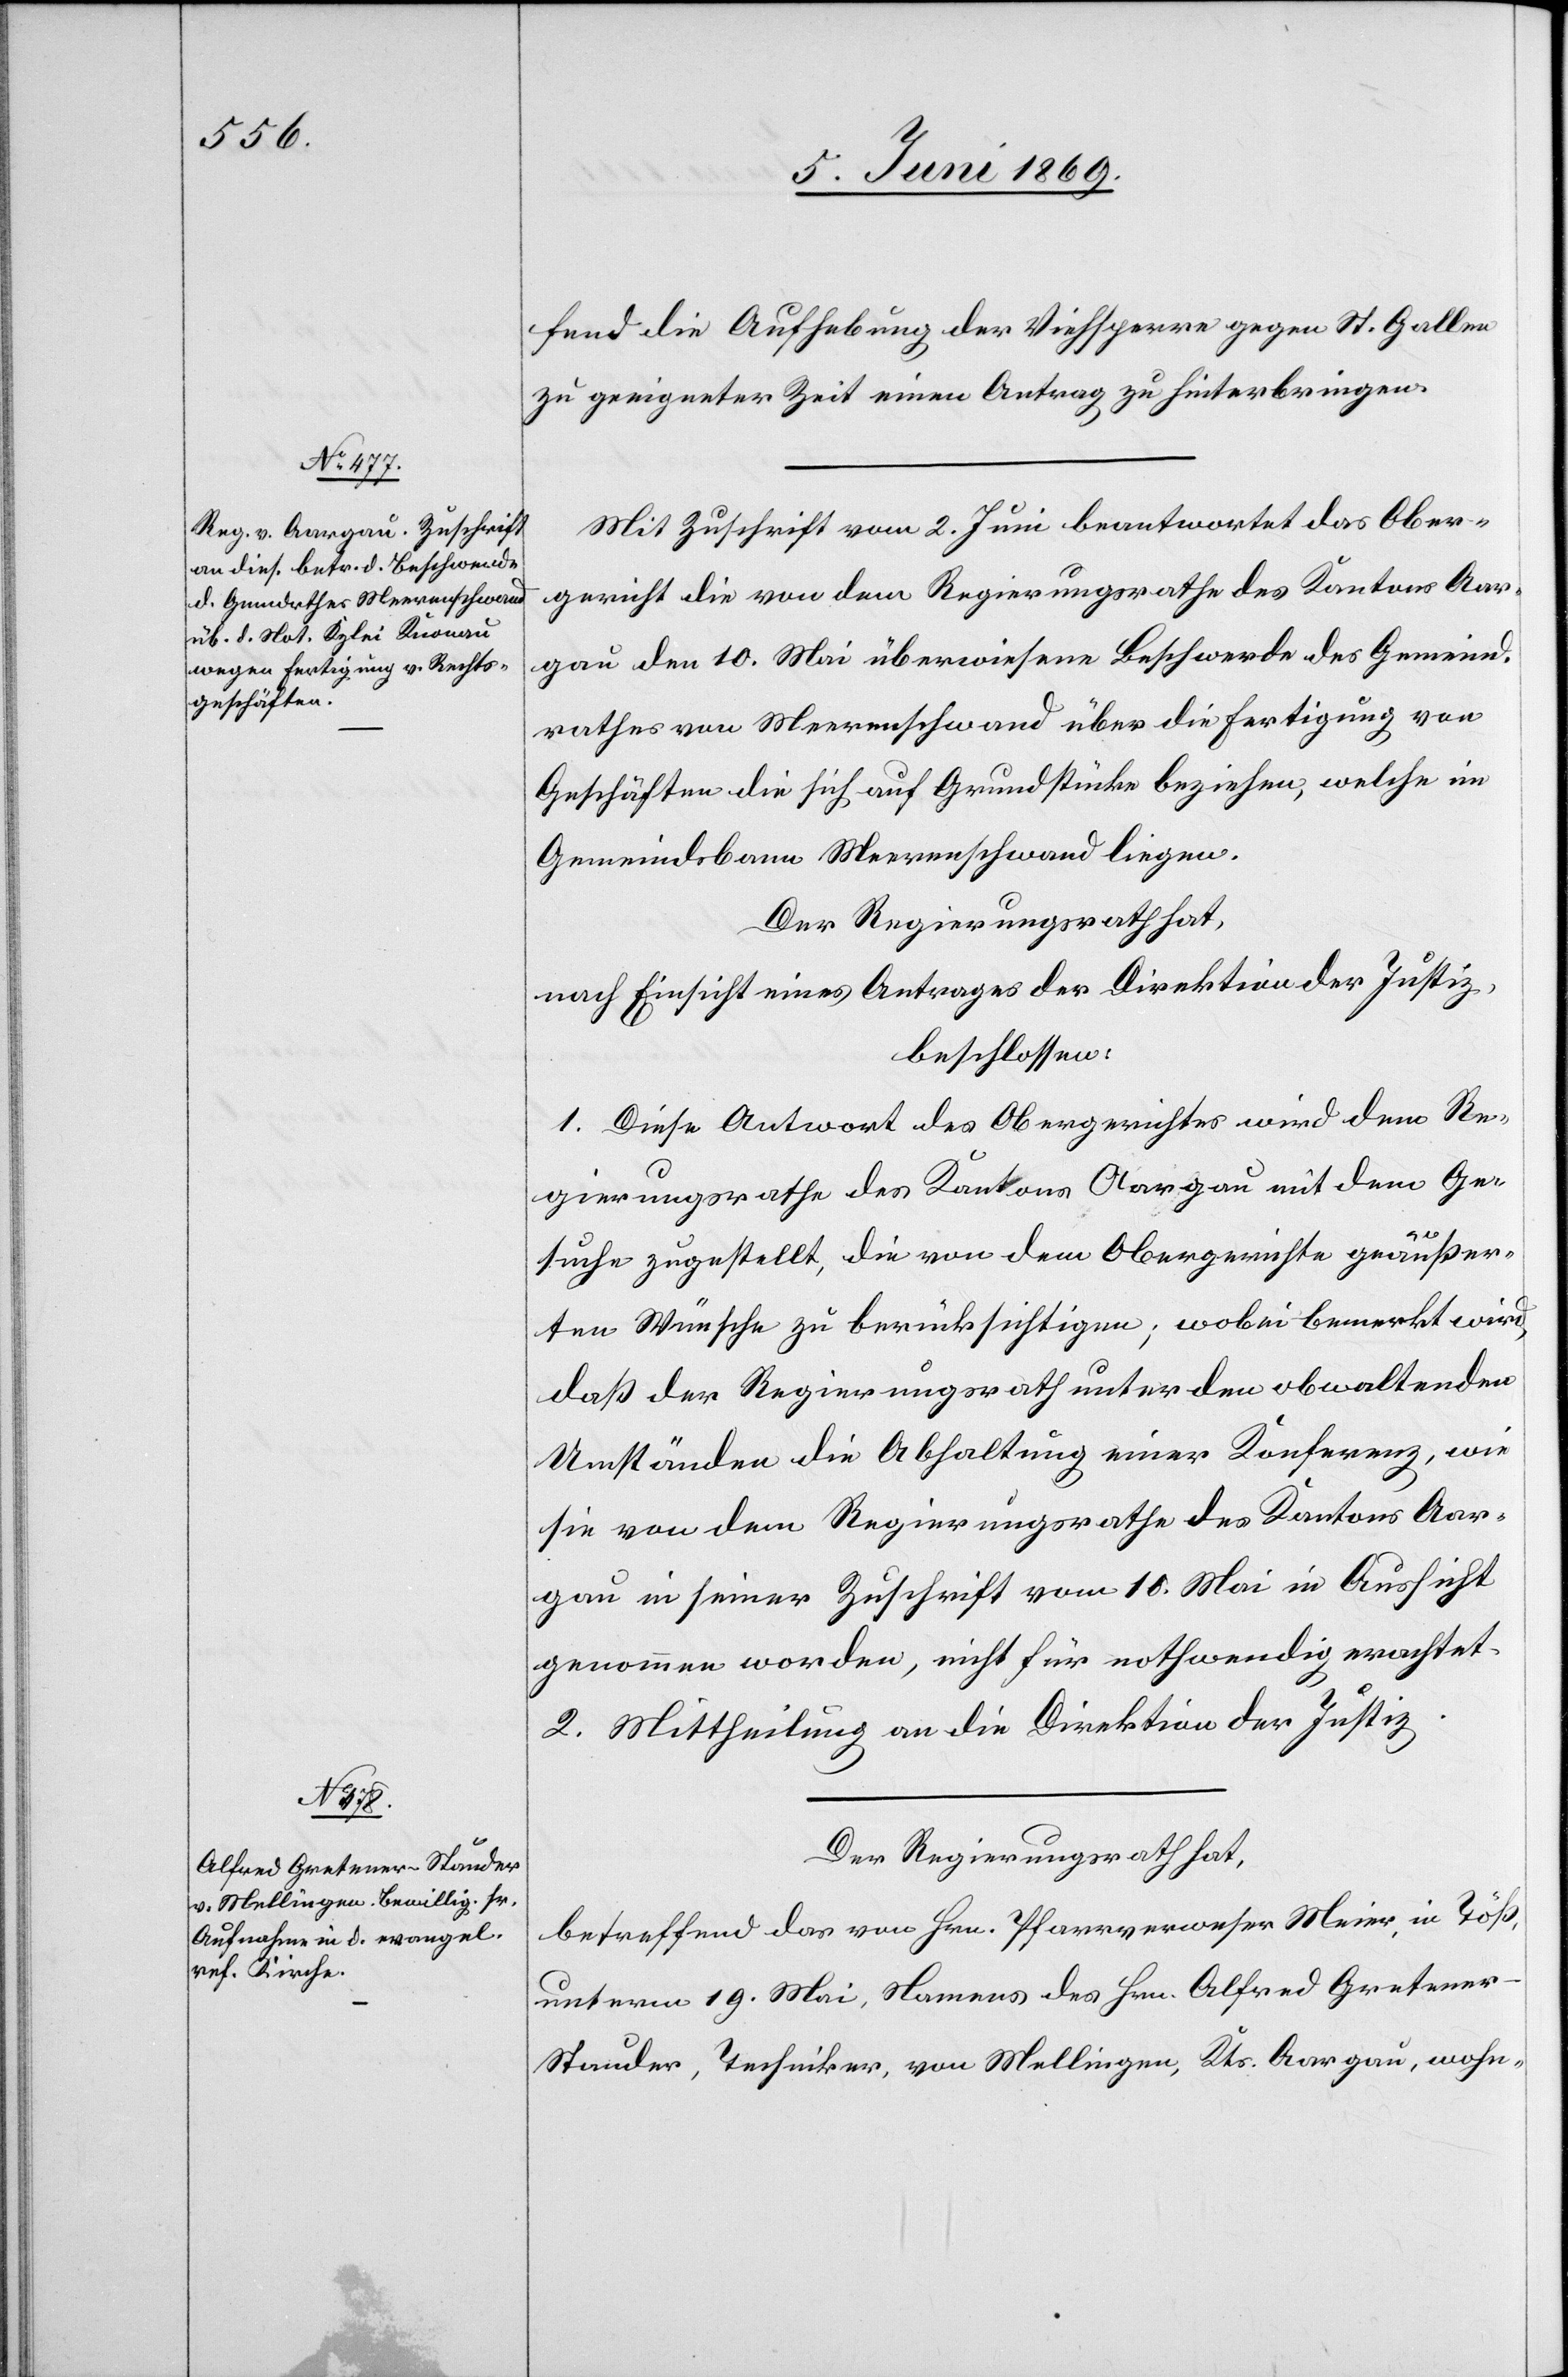
fend die Aufhebung der Viehsperre gegen St. Gallen
zu geeigneter Zeit einen Antrag zu hinterbringen.
Mit Zuschrift vom 2 Juni beantwortet das Ober¬
gericht die von dem Regierungsrathe des Kantons Aar¬
gau den 10 Mai überwiesene Beschwerde des Gemeind¬
rathes von Meerenschwand über die Fertigung von
Geschäften die sich auf Grundstücke beziehen, welche im
Gemeindsbann Meerenschwand liegen.
Der Regierungsrath hat,
nach Einsicht eines Antrages der Direktion der Justiz,
beschlossen:
1. Diese Antwort des Obergerichtes wird dem Re¬
gierungsrathe des Kantons Aargau mit dem Ge¬
suche zugestellt, die von dem Obergerichte geäußer¬
ten Wünsche zu berücksichtigen, wobei bemerkt wird,
daß der Regierungsrath unter den obwaltenden
Umständen die Abhaltung einer Konferenz, wie
sie von dem Regierungsrathe des Kantons Aar¬
gau in seiner Zuschrift vom 10 Mai in Aussicht
genommen worden, nicht für nothwendig erachtet.
2. Mittheilung an die Direktion der Justiz.
Der Regierungsrath hat,
betreffend das vom Hrn. Pfarrverweser Meier, in Töß,
unterm 19. Mai, Namens des Hrn. Alfred Gretene¬
r-Stauder, Techniker, von Mellingen, Kts. Aargau, wohn-